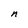
Character: n